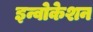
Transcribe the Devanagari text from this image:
इन्वोकेशन